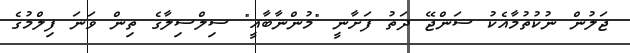
ޖަލުން ނުކުތުމާއެކު ސަންޖޭ ދަތު ފަށާނީ "މުންނާބާއީ" ސިލްސިލާގެ ތިން ވަނަ ފިލްމުގެ